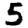
Digit: 5